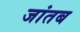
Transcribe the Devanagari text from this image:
जांतब